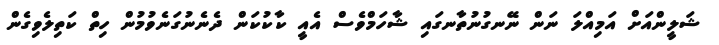
ޝަލީންއަށް އަމިއްލަ ނަން ނޭނގުނުތާނގައި ޝާހަމްވެސް އެއީ ކާކުކަން ދެނެނުގަނެވުމުން ހިތް ކަތިލެވިގެން